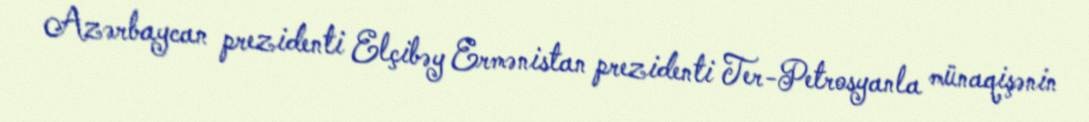
Azərbaycan prezidenti Elçibəy Ermənistan prezidenti Ter-Petrosyanla münaqişənin